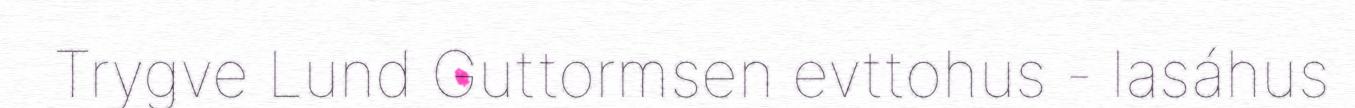
Trygve Lund Guttormsen evttohus - lasáhus